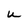
Character: U